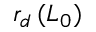
r _ { d } \, ( L _ { 0 } )